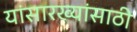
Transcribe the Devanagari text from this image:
यांसारख्यांसाठी